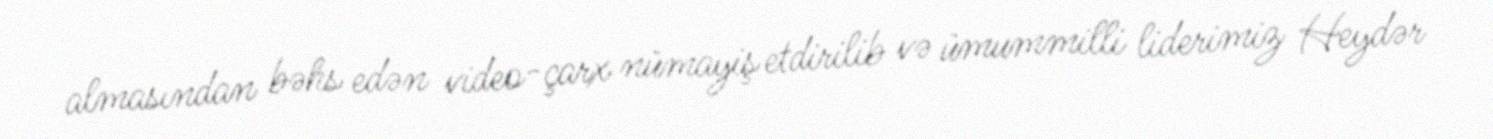
almasından bəhs edən video-çarx nümayiş etdirilib və ümummilli liderimiz Heydər